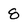
Character: 8